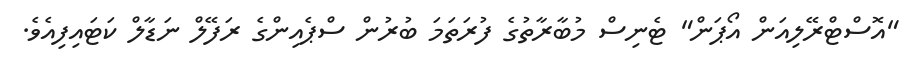
"އޮސްޓްރޭލިއަން އޯޕަން" ޓެނިސް މުބާރާތުގެ ފުރަތަމަ ބުރުން ސްޕެއިންގެ ރަފޭލް ނަޑާލް ކަޓައިފިއެވެ.